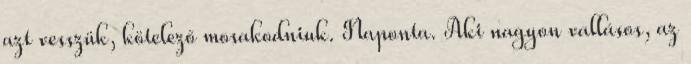
azt vesszük, kötelező mosakodniuk. Naponta. Aki nagyon vallásos, az